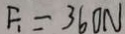
F _ { 1 } = 3 6 0 N